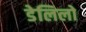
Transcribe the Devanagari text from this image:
डेलिलो